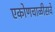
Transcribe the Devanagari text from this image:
एकोणचाळीसवे